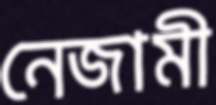
নেজামী